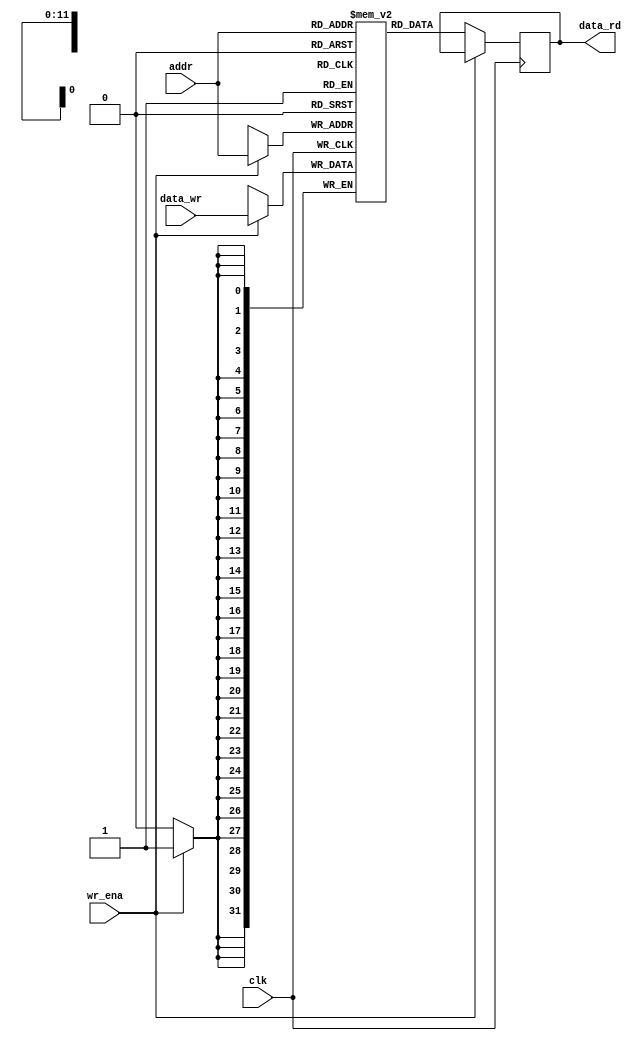
module mem_int (clk, addr, wr_ena, data_rd, data_wr) ;
//module mem_int (clk, addr_rd, wr_ena, data_rd, addr_wr, data_wr) ;
parameter DATA_WIDTH =  32;
input clk;
input wr_ena;
input [11:0] addr;
//input [11:0] addr_rd;
//input [11:0] addr_wr;
input [DATA_WIDTH-1:0] data_wr;
output reg [DATA_WIDTH-1:0] data_rd;

reg    [DATA_WIDTH-1:0] mem [2048:0];

always@(posedge clk) begin 
   if(wr_ena) begin
        mem[addr] <= data_wr;
   end
   else begin
       data_rd <= mem[addr];
   end
end

endmodule